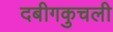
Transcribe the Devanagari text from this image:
दबीगकुचली